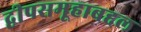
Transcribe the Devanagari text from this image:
द्वीपसमूहाबद्दल